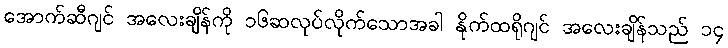
အောက်ဆီဂျင် အလေးချိန်ကို ၁၆ဆလုပ်လိုက်သောအခါ နိုက်ထရိုဂျင် အလေးချိန်သည် ၁၄